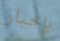
بإخبار